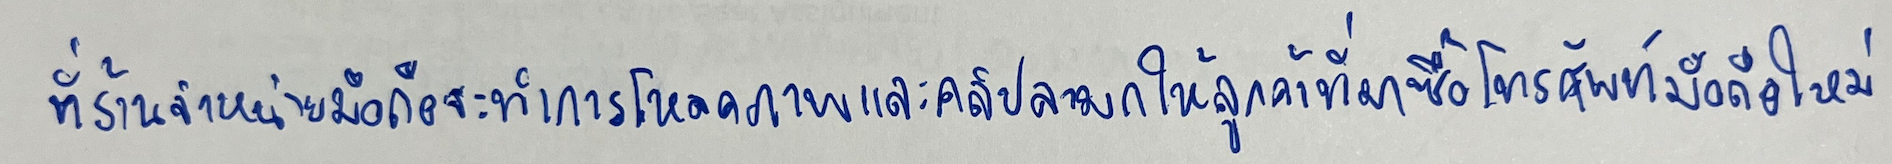
ที่ร้านจำหน่ายมือถือจะทำการโหลดภาพและคลิปลามกให้ลูกค้าที่มาซื้อโทรศัพท์มือถือใหม่